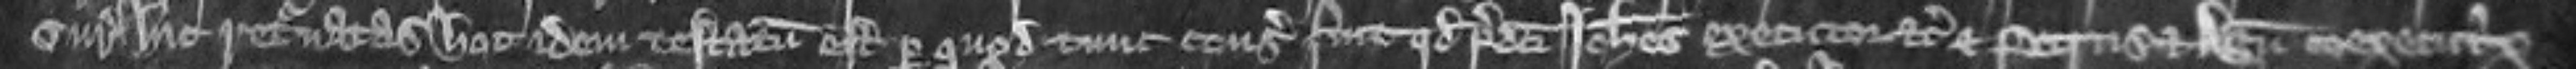
curia hic returnatas hoc idem testatum est per quod tunc consideratum fuit quod predicti Johannes executor etc et Petrus et Agnes coexecutrix